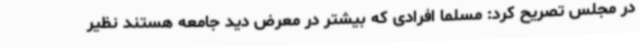
در مجلس تصریح کرد: مسلما افرادی که بیشتر در معرض دید جامعه هستند نظیر